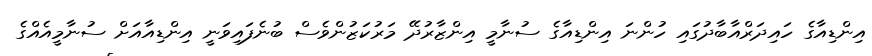
އިންޑިއާގެ ހައިދަރްއާބާދުގައި ހުންނަ އިންޑިއާގެ ސުނާމީ އިންޒާރުދޭ މަރުކަޒުންވެސް ބުނެފައިވަނީ އިންޑިއާއަށް ސުނާމީއެއްގެ